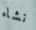
نشاء